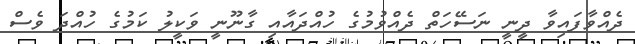
ދެއްވާފައިވާ ދީނީ ނަސޭހަތް ދެއްވުމުގެ ހުއްދައާއި ގާނޫނީ ވަކީލު ކަމުގެ ހުއްދަ ވެސް